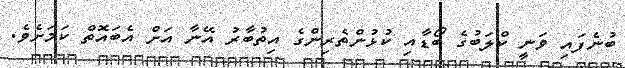
ބުނެފައި ވަނީ ކްލަބުގެ ބޯޑާއި ކުޅުންތެރިންގެ އިތުބާރު އޭނާ އަށް އެބައޮތް ކަމަށެވެ.